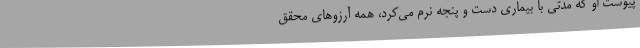
پیوست او که مدتی با بیماری دست و پنجه نرم می‌کرد، همه آرزوهای محقق